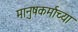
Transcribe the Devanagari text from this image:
मानुषकर्माच्या